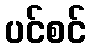
ပင်စင်